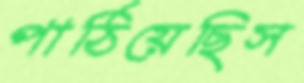
পাঠিয়েছিস